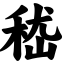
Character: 嵇